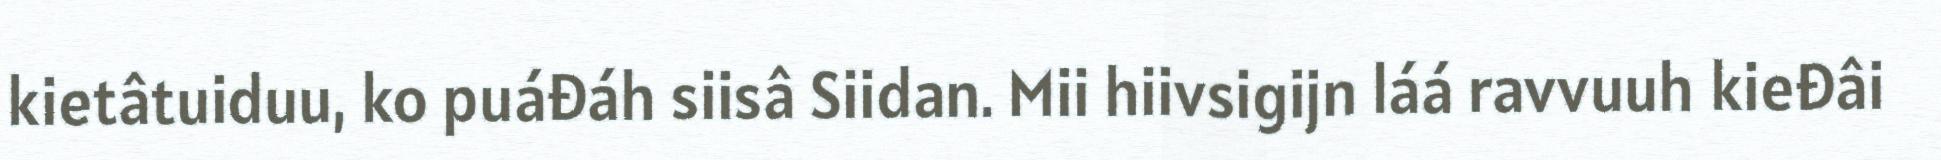
kietâtuiduu, ko puáđáh siisâ Siidan. Mii hiivsigijn láá ravvuuh kieđâi